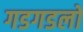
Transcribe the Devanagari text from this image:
गडगडलो